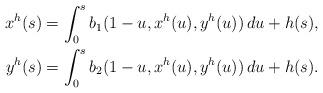
LaTeX: \begin{align*}x^h(s) &= \int_0^s b_1(1-u,x^h(u),y^h(u))\,du + h(s), \\y^h(s) &= \int_0^s b_2(1-u,x^h(u),y^h(u))\,du + h(s).\end{align*}